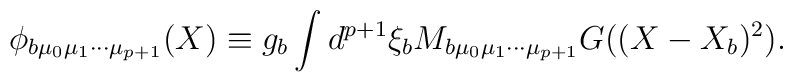
\phi_{b\mu_{0}\mu_{1}\cdots\mu_{p+1}}(X)             \equiv g_{b}\int             d^{p+1}\xi_{b}             M_{b\mu_{0}\mu_{1}\cdots\mu_{p+1}}             G((X-X_{b})^{2}).